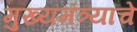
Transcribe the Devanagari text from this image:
मुख्यमंत्र्यांचे